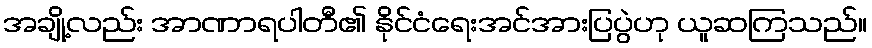
အချို့လည်း အာဏာရပါတီ၏ နိုင်ငံရေးအင်အားပြပွဲဟု ယူဆကြသည်။